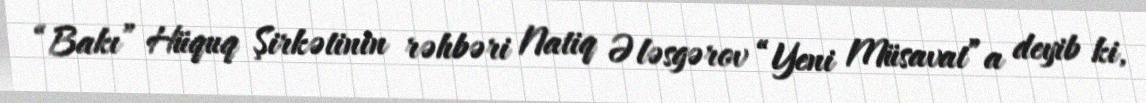
“Bakı” Hüquq Şirkətinin rəhbəri Natiq Ələsgərov “Yeni Müsavat”a deyib ki,